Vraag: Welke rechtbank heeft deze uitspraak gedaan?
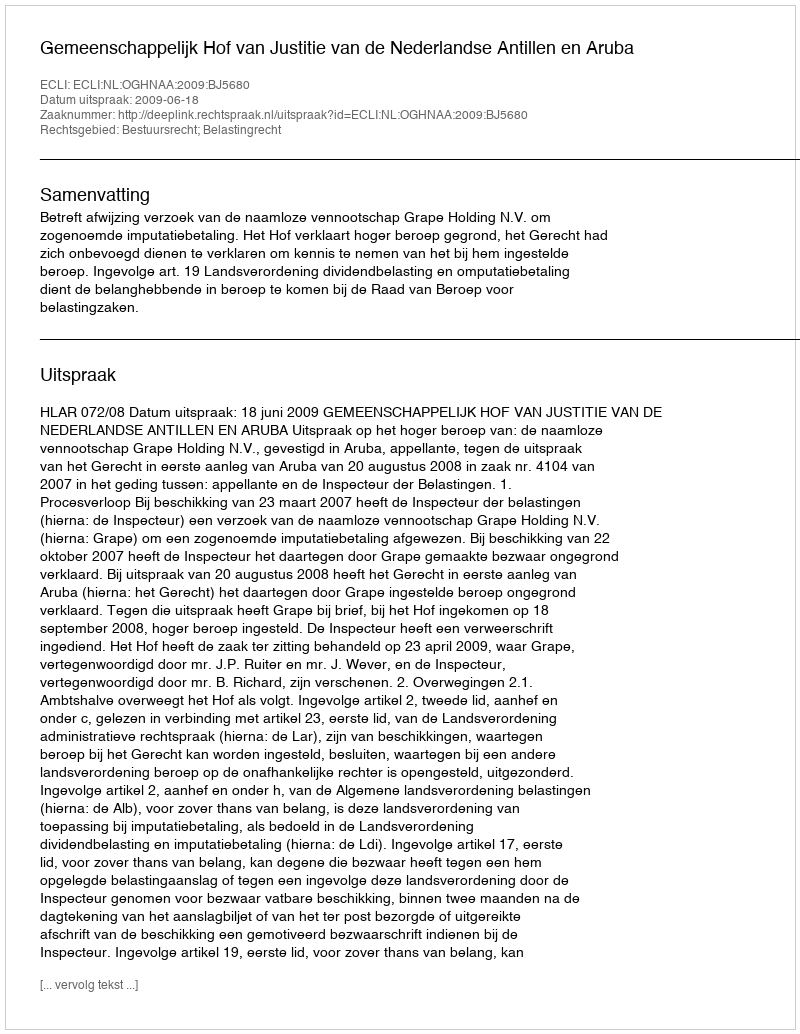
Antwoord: Gemeenschappelijk Hof van Justitie van de Nederlandse Antillen en Aruba